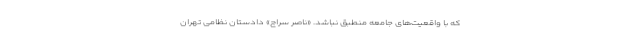
که با واقعیت‌های جامعه منطبق نباشد. «ناصر سراج» دادستان نظامی تهران